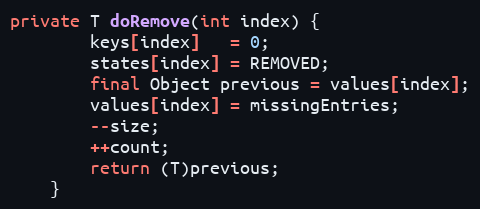
Language: Java
private T doRemove(int index) {
        keys[index]   = 0;
        states[index] = REMOVED;
        final Object previous = values[index];
        values[index] = missingEntries;
        --size;
        ++count;
        return (T)previous;
    }